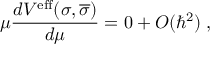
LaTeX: \mu \frac { d V ^ { \mathrm { e f f } } ( \sigma , \overline { { { \sigma } } } ) } { d \mu } = 0 + O ( \hbar ^ { 2 } ) \; ,